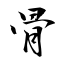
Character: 骨